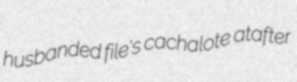
husbanded file's cachalote atafter